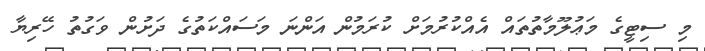
މި ސިޓީގެ މަޢުލޫމާތުތައް އެއްކުރުމަށް ކުރަމުން އަންނަ މަސައްކަތުގެ ދަށުން ވަގުތު ހޭރިޔާ